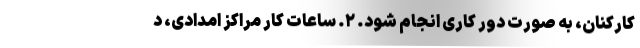
کارکنان، به صورت دور کاری انجام شود. ۲. ساعات کار مراکز امدادی، د